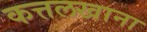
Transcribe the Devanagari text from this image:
कत्तलखाना